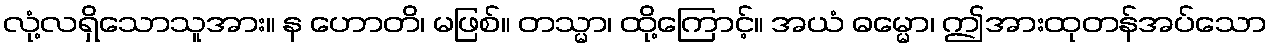
လုံ့လရှိသောသူအား။ န ဟောတိ၊ မဖြစ်။ တသ္မာ၊ ထို့ကြောင့်။ အယံ ဓမ္မော၊ ဤအားထုတန်အပ်သော